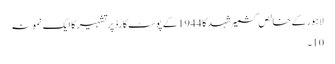
لاہور کے خالص کشمیر شہد کا 1944 کے پوسٹ کارڈ پر تشہیر کا ایک نمونہ
10۔